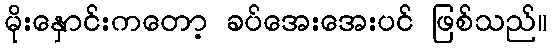
မိုးနှောင်းကတော့ ခပ်အေးအေးပင် ဖြစ်သည်။